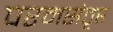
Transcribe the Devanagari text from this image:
परमसंतृप्त